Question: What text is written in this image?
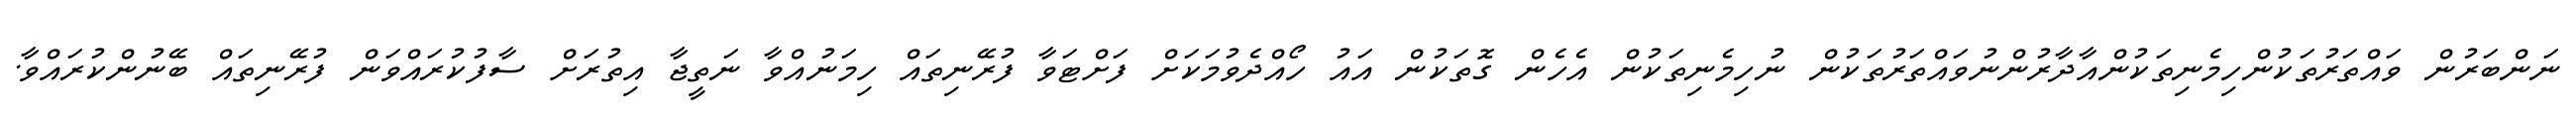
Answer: ނަންބަރުން ވައްތަރުތަކުންހިމެނިތަކުންއާދާރުންނުވައްތަރުތަކުން ނުހިމެނިތަކުން އެހެން ގޮތަކުން އައު ހޯއްދެވުމަކަށް ފަށްޓަވާ ފުރޭނިތައް ހިމަނުއްވާ ނަތީޖާ އިތުރަށް ސާފުކުރައްވަން ފުރޭނިތައް ބޭނުންކުރައްވާ.